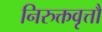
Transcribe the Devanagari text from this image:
निरुक्तवृत्तौ